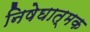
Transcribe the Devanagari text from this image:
निषेघात्मक